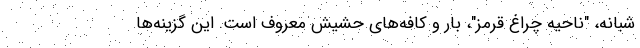
شبانه، "ناحیه چراغ قرمز"، بار و کافه‌های حشیش معروف است. این گزینه‌ها